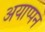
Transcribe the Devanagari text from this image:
अयाप्पन